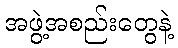
အဖွဲ့အစည်းတွေနဲ့